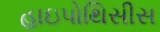
હાઇપોથિસીસ